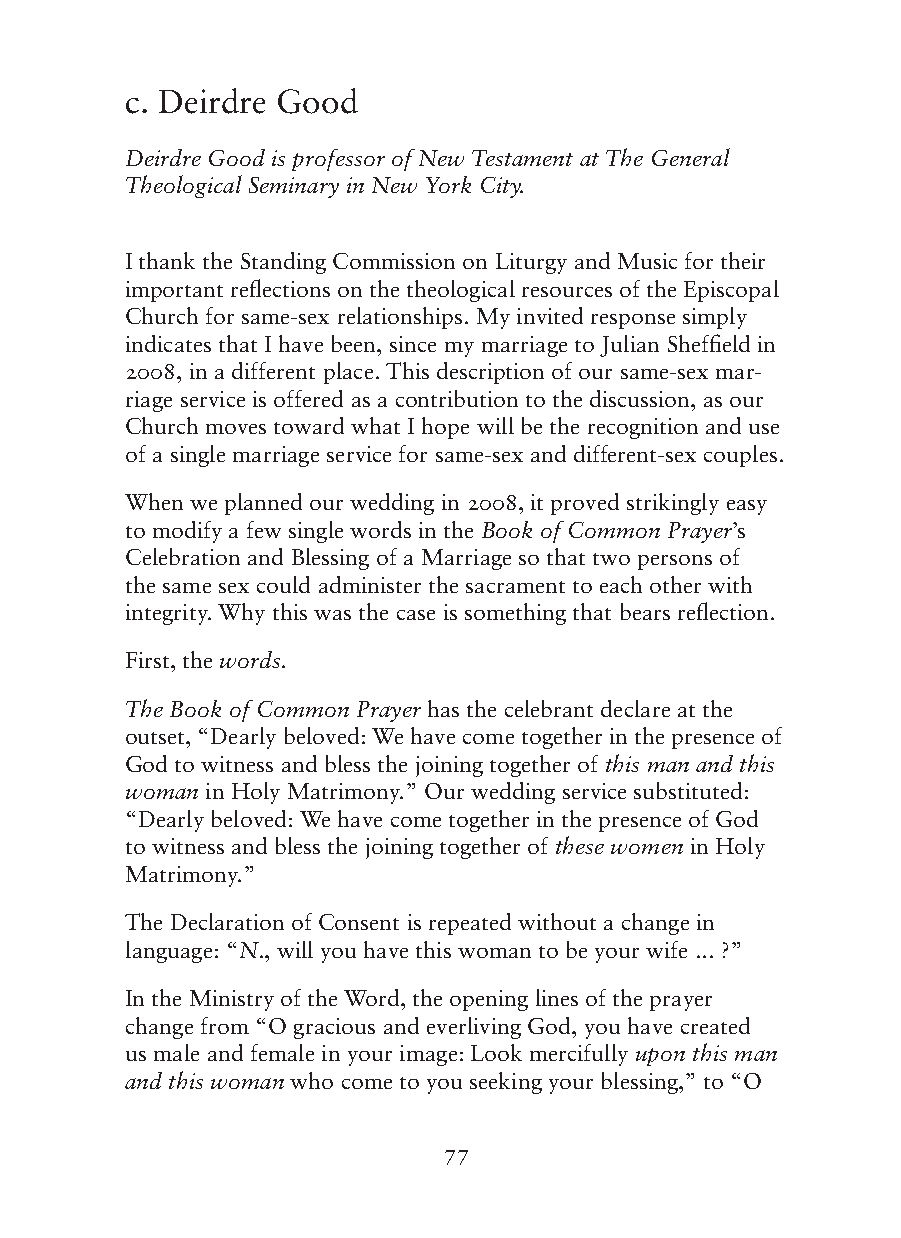
c. Deirdre Good
 Deirdre Good is professor of New Testament at The General
 Theological Seminary in New York City.
 I thank the Standing Commission on Liturgy and Music for their
 important reflections on the theological resources of the Episcopal
 Church for same-sex relationships. My invited response simply
 indicates that I have been, since my marriage to Julian Sheffield in
 2008, in a different place. This description of our same-sex mar-
 riage service is offered as a contribution to the discussion, as our
 Church moves toward what I hope will be the recognition and use
 of a single marriage service for same-sex and different-sex couples.
 When we planned our wedding in 2008, it proved strikingly easy
 to modify a few single words in the Book of Common Prayer’s
 Celebration and Blessing of a Marriage so that two persons of
 the same sex could administer the sacrament to each other with
 integrity. Why this was the case is something that bears reflection.
 First, the words.
 The Book of Common Prayer has the celebrant declare at the
 outset, “Dearly beloved: We have come together in the presence of
 God to witness and bless the joining together of this man and this
 woman in Holy Matrimony.” Our wedding service substituted:
 “Dearly beloved: We have come together in the presence of God
 to witness and bless the joining together of these women in Holy
 Matrimony.”
 The Declaration of Consent is repeated without a change in
 language: “N., will you have this woman to be your wife ... ?”
 In the Ministry of the Word, the opening lines of the prayer
 change from “O gracious and everliving God, you have created
 us male and female in your image: Look mercifully upon this man
 and this woman who come to you seeking your blessing,” to “O
 77